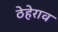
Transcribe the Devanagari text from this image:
ठेहेराव